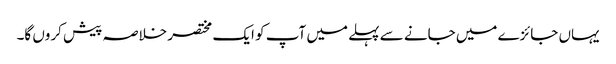
یہاں جائزے میں جانے سے پہلے میں آپ کو ایک مختصر خلاصہ پیش کروں گا۔